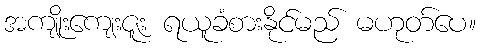
အကျိုးကျေးဇူး ရယူခံစားနိုင်မည် မဟုတ်ပေ။